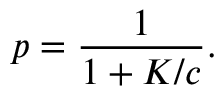
p = \frac { 1 } { 1 + K / c } .